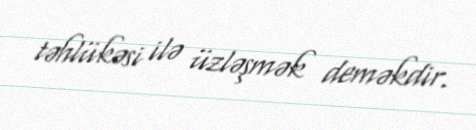
təhlükəsi ilə üzləşmək deməkdir.